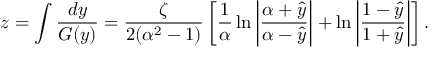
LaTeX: z = \int \frac { d y } { G ( y ) } = \frac { \zeta } { 2 ( \alpha ^ { 2 } - 1 ) } \left[ \frac { 1 } { \alpha } \ln \left| \frac { \alpha + \hat { y } } { \alpha - \hat { y } } \right| + \ln \left| \frac { 1 - \hat { y } } { 1 + \hat { y } } \right| \right] .